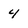
Character: 4